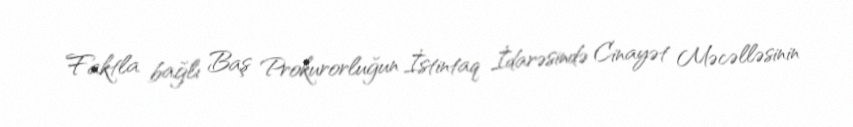
Faktla bağlı Baş Prokurorluğun İstintaq İdarəsində Cinayət Məcəlləsinin